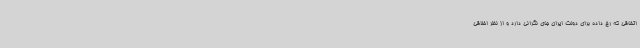
اتفاقی که رخ داده برای دولت ایران جای نگرانی دارد و از نظر اخلاقی